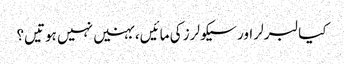
کیا لبرلر اور سیکولرز کی مائیں، بہنیں نہیں ہوتیں؟